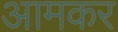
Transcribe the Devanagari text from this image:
आमकर